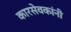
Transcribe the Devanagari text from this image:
कारसेवकांनी